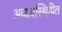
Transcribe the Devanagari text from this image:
अव्यवस्थिपित